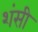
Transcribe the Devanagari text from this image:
शंसी